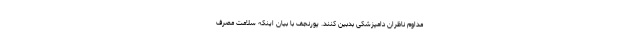
مداوم ناظران دامپزشکی بدبین کنند. پورنجف با بیان اینکه سلامت مصرف